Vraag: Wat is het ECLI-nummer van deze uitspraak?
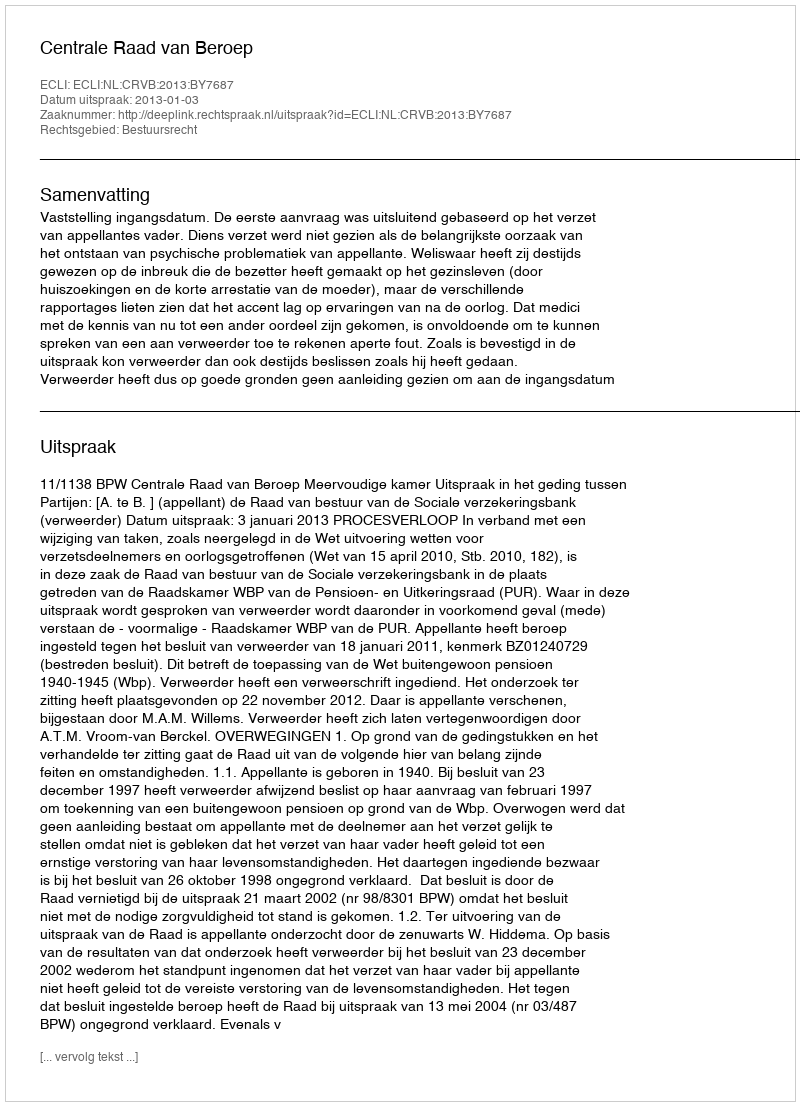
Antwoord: ECLI:NL:CRVB:2013:BY7687